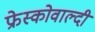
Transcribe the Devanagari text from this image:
फ्रेस्कोवाल्दी